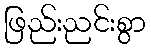
ဖြည်းညင်းစွာ